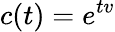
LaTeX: c(t)=e^{tv}